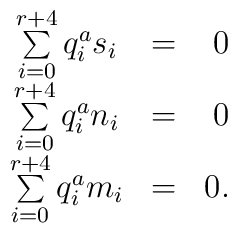
\begin{array}{clr} \sum \limits _{i=0}^{r+4} q^a_i s_i&=&0\\\sum \limits _{i=0}^{r+4} q^a_i n_i&=&0\\\sum \limits _{i=0}^{r+4} q^a_i m_i&=&0. \\\end {array}